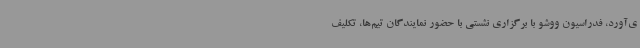
ی‌آورد، فدراسیون ووشو با برگزاری نشستی با حضور نمایندگان تیم‌ها، تکلیف